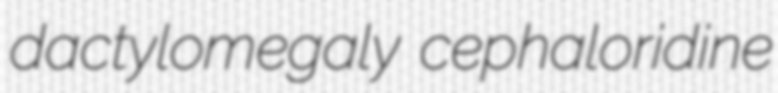
dactylomegaly cephaloridine